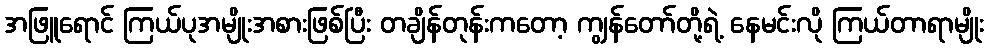
အဖြူရောင် ကြယ်ပုအမျိုးအစားဖြစ်ပြီး တချိန်တုန်းကတော့ ကျွန်တော်တို့ရဲ့ နေမင်းလို ကြယ်တာရာမျိုး